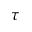
\tau